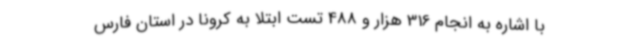
با اشاره به انجام 316 هزار و 488 تست ابتلا به کرونا در استان فارس